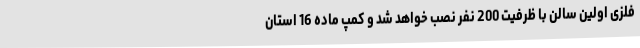
فلزی اولین سالن با ظرفیت 200 نفر نصب خواهد شد و کمپ ماده 16 استان